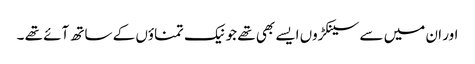
اور ان میں سے سینکڑوں ایسے بھی تھے جو نیک تمناؤں کے ساتھ آئے تھے ۔